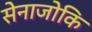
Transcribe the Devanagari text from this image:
सेनाजोकि